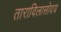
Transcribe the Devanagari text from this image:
ताराविलासोदय